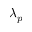
\lambda _ { p }